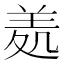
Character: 𦍶